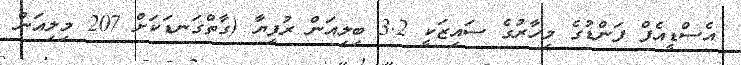
އެސްޑީއެފް ފަންޑުގެ މިހާރުގެ ސައިޒަކީ 3.2 ބިލިއަން ރުފިޔާ (ގާތްގަނޑަކަށް 207 މިލިއަން